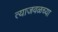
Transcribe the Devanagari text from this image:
त्याजवळच्या